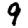
Digit: 9